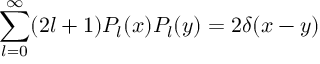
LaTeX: \sum _ { l = 0 } ^ { \infty } ( 2 l + 1 ) P _ { l } ( x ) P _ { l } ( y ) = 2 \delta ( x - y )